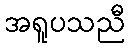
အရူပသညီ